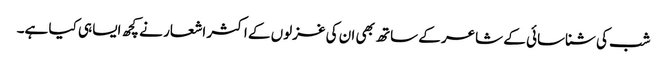
شب کی شناسائی کے شاعر کے ساتھ بھی ان کی غزلوں کے اکثر اشعار نے کچھ ایسا ہی کیا ہے۔